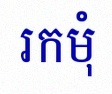
រកមុំ